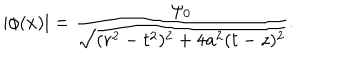
LaTeX: | \phi ( x ) | = { \frac { \psi _ { 0 } } { \sqrt { ( r ^ { 2 } - t ^ { 2 } ) ^ { 2 } + 4 a ^ { 2 } ( t - z ) ^ { 2 } } } } .